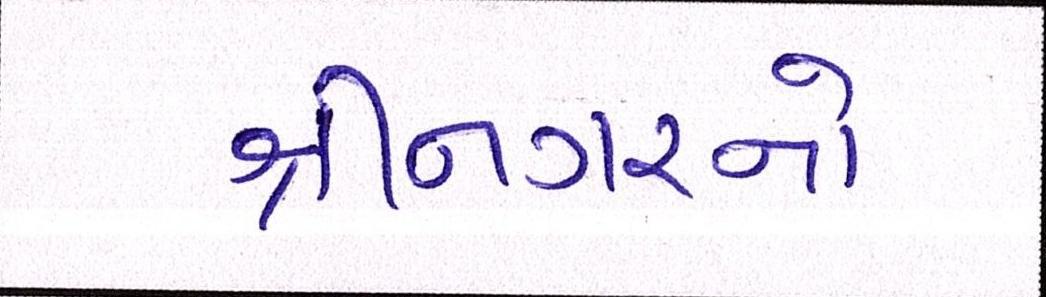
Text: શ્રીનગરનો